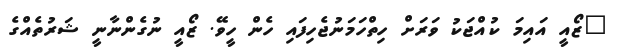
"ޒޯއީ އައިމަ ކުއްޖަކު ވަރަށް ހިތްހަމަނުޖެހިފައި ހެން ހީވޭ. ޒޯއީ ނުގެންނާނީ ޝަރުތެއްގެ